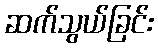
ဆက်သွယ်ခြင်း